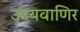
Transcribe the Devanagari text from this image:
उदयवाणिर